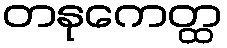
တနုကေတ္ထ